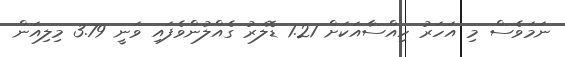
ނަމަވެސް މި އަހަރު ހިއްސާއަކަށް 1.21 ޑޮލަރު ގެއްލުންވެފައި ވަނީ 3.79 މިލިއަން